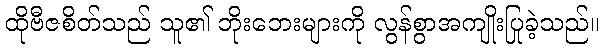
ထိုဗီဇစိတ်သည် သူ၏ ဘိုးဘေးများကို လွန်စွာအကျိုးပြုခဲ့သည်။